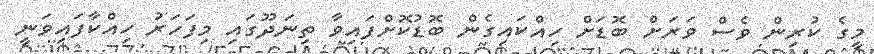
މީގެ ކުރިން ވެސް ވަރަށް ބޮޑަށް ހިއްކައިގެން ބޮޑުކޮށްފައިވާ ތިނަދޫގައި މިފަހަރު ހިއްކާފައިވަނީ